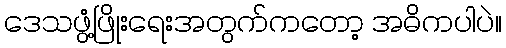
ဒေသဖွံ့ဖြိုးရေးအတွက်ကတော့ အဓိကပါပဲ။